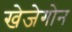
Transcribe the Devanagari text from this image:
खेजेगोन